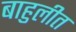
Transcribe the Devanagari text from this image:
बाहुलीत